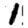
Digit: 1